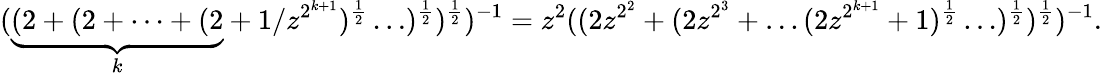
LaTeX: (\underbrace{(2+(2+\dots+(2}_{k}+1/z^{2^{k+1}})^{\frac{1}{2}}\ldots)^{\frac{1}{2}})^{\frac{1}{2}})^{-1}=z^{2}((2z^{2^{2}}+(2z^{2^{3}}+\ldots(2z^{2^{k+1}}+1)^{\frac{1}{2}}\ldots)^{\frac{1}{2}})^{\frac{1}{2}})^{-1}.